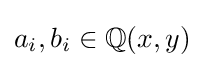
a_{i},b_{i}\in \mathbb {Q} (x,y)